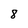
Character: 8